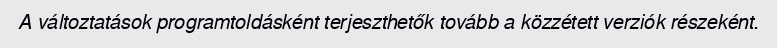
A változtatások programtoldásként terjeszthetők tovább a közzétett verziók részeként.